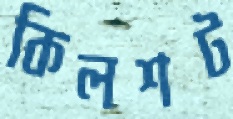
কিলশট